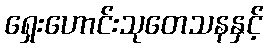
ရှေးဟောင်းသုတေသနနှင့်